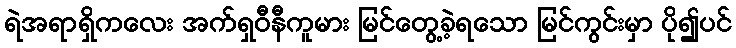
ရဲအရာရှိကလေး အက်ရှဝီနီကူမား မြင်တွေ့ခဲ့ရသော မြင်ကွင်းမှာ ပို၍ပင်